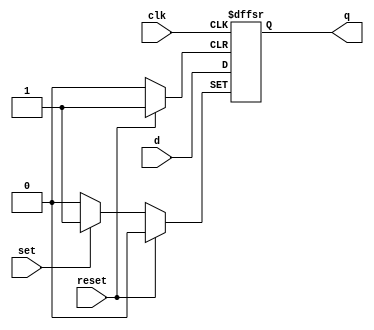
module dff_synchronous_reset_set (
    input wire clk,
    input wire reset,
    input wire set,
    input wire d,
    output reg q
);

always @(posedge clk or posedge reset or posedge set) begin
    if (reset) begin
        q <= 0;
    end else if (set) begin
        q <= 1;
    end else begin
        q <= d;
    end
end

endmodule